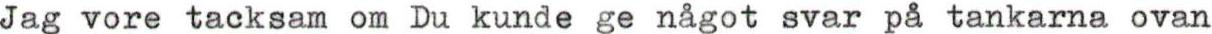
Jag vore tacksam om Du kunde ge något svar på tankarna ovan